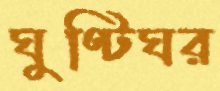
ঘুণ্টিঘর